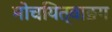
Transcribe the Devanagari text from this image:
मोचयित्वाङग